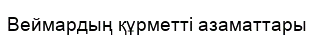
Веймардың құрметті азаматтары